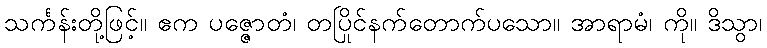
သင်္ကန်းတို့ဖြင့်။ ဧက ပဇ္ဇောတံ၊ တပြိုင်နက်တောက်ပသော။ အာရာမံ၊ ကို။ ဒိသွာ၊